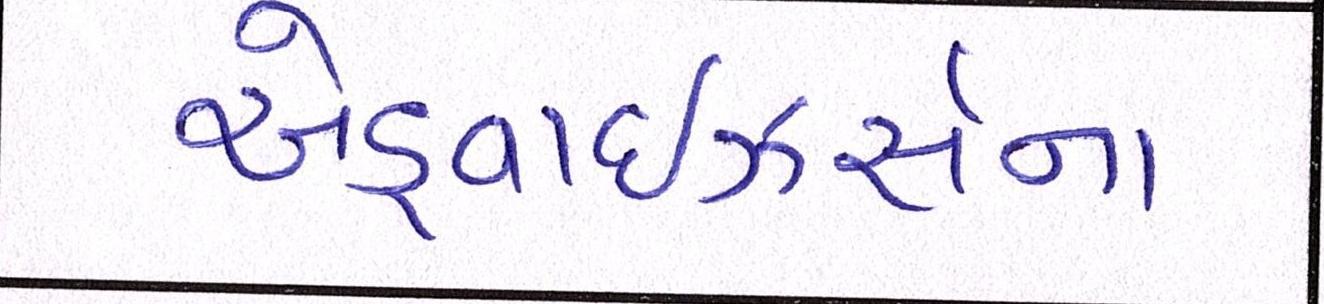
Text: એડ્વાઇઝર્સના